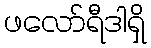
ဖလော်ရီဒါရှိ